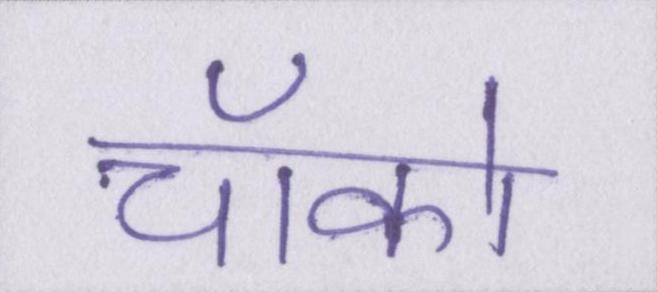
चॉको